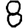
Digit: 8